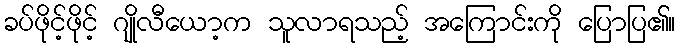
ခပ်ဖိုင့်ဖိုင့် ဂျိုလီယော့က သူလာရသည့် အကြောင်းကို ပြောပြ၏။